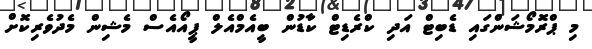
މި ޕްރޮމޯޝަންގައި ޑެބިޓް އަދި ކްރެޑިޓް ކާޑުން ބީއެމްއެލް ޕީއޯއެސް މެޝިން މެދުވެރިކޮށް